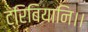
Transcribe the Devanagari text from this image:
ट्रिबियानि।।